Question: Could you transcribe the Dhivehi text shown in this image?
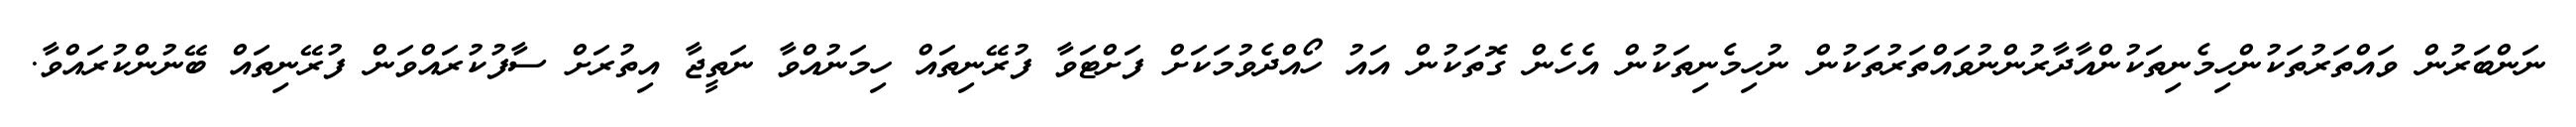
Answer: ނަންބަރުން ވައްތަރުތަކުންހިމެނިތަކުންއާދާރުންނުވައްތަރުތަކުން ނުހިމެނިތަކުން އެހެން ގޮތަކުން އައު ހޯއްދެވުމަކަށް ފަށްޓަވާ ފުރޭނިތައް ހިމަނުއްވާ ނަތީޖާ އިތުރަށް ސާފުކުރައްވަން ފުރޭނިތައް ބޭނުންކުރައްވާ.